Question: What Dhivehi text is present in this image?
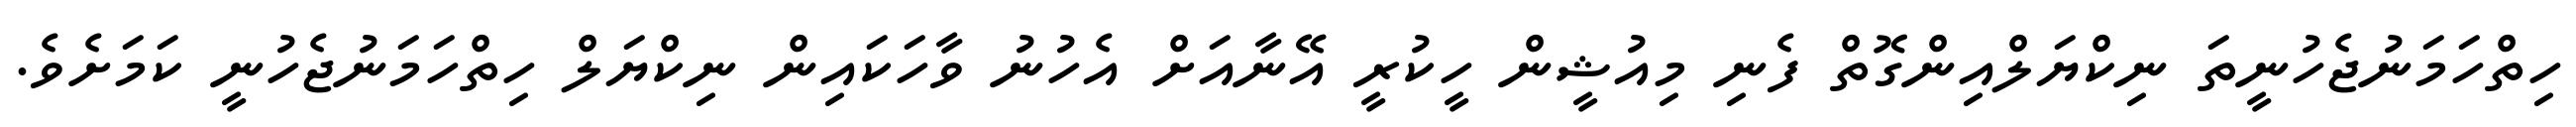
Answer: ހިތްހަމަނުޖެހުނީތަ ނިކްޔަލްއިންގޮތް ފެނި މިއުޝީން ހީކުރީ އޭނާއަށް އެހުނު ވާހަކައިން ނިކްޔަލް ހިތްހަމަނުޖެހުނީ ކަމަށެވެ.